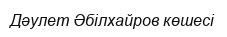
Дәулет Әбілхайров көшесі